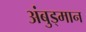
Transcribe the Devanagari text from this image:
अंबुड्मान